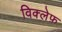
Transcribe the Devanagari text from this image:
विक्लेफ़